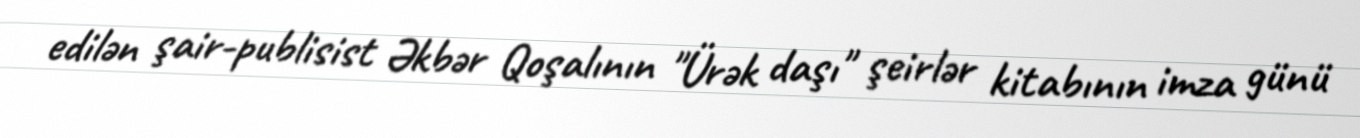
edilən şair-publisist Əkbər Qoşalının "Ürək daşı" şeirlər kitabının imza günü